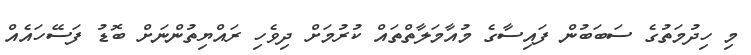
މި ހިދުމަތުގެ ސަބަބުން ފައިސާގެ މުއާމަލާތްތައް ކުރުމަށް ދިވެހި ރައްޔިތުންނަށް ބޮޑު ފަސޭހައެއް